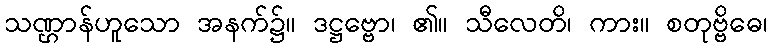
သဏ္ဌာန်ဟူသော အနက်၌။ ဒဋ္ဌဗ္ဗော၊ ၏။ သီလေတိ၊ ကား။ စတုဗ္ဗိဓေ၊